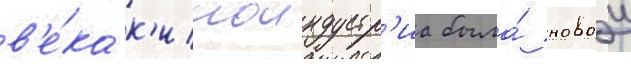
в'е́ка к'иноиндустр'иа была́ новои